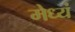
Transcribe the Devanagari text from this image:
मेध्यं